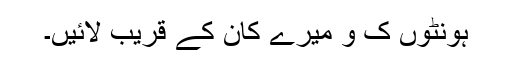
ہونٹوں ک و میرے کان کے قریب لائیں۔